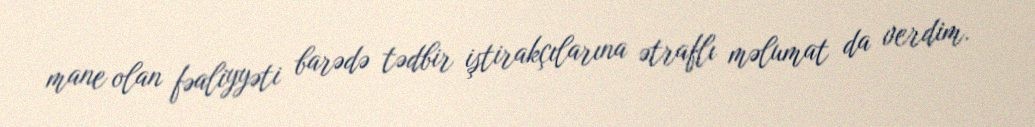
mane olan fəaliyyəti barədə tədbir iştirakçılarına ətraflı məlumat da verdim.